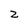
Character: Z